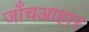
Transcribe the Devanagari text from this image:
जाँचआहार